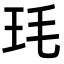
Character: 𭸶